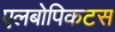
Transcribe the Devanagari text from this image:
एलबोपिकटस